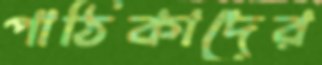
পাঠিকাদের